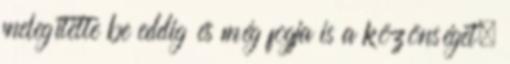
melegí­tette be eddig és még fogja is a közönséget,